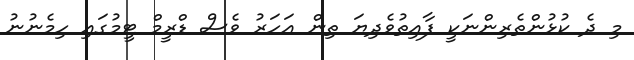
މި ދެ ކުޅުންތެރިންނަކީ ފާއިތުވެދިޔަ ތިން އަހަރު ވެސް ޑްރީމް ޓީމުގައި ހިމެނުނު